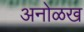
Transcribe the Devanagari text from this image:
अनोळख